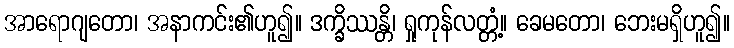
အာရောဂျတော၊ အနာကင်း၏ဟူ၍။ ဒက္ခိဿန္တိ၊ ရှုကုန်လတ္တံ့။ ခေမတော၊ ဘေးမရှိဟူ၍။